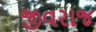
જીવરાજ